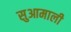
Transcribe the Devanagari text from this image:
सुआमाली